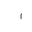
Letter: _alif